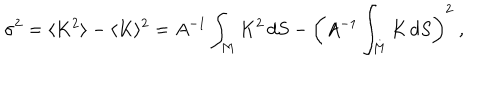
\sigma ^ { 2 } = \langle K ^ { 2 } \rangle - \langle K \rangle ^ { 2 } = A ^ { - 1 } \int _ { M } K ^ { 2 } \, d S - \left( A ^ { - 1 } \int _ { M } K \, d S \right) ^ { 2 } ~ ,